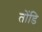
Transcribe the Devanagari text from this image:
तोंडि